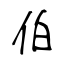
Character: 伯